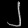
Digit: ၂